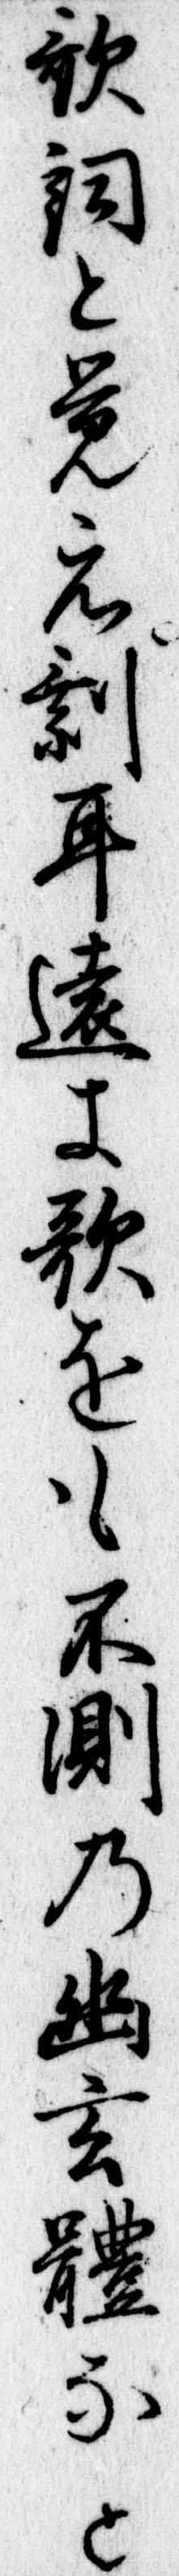
歌詞と覚え剰耳遠き歌をも不測の幽玄体なと